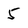
Character: 5